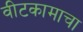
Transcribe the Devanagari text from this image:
वीटकामाचा